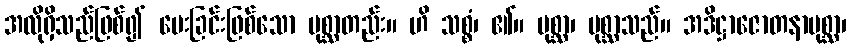
အလိုရှိသည်ဖြစ်၍ မေးခြင်းဖြစ်သော ပုစ္ဆာတည်း။ ဟိ သစ္စံ၊ ၏။ ပုစ္ဆာ၊ ပုစ္ဆာသည်။ အဒိဋ္ဌာဇောတနာပုစ္ဆာ၊